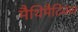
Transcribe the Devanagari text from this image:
मैथिमैटिक्स